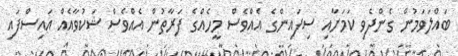
ބައްލަވަމުން ގެންދެވި ކަމަށާއި ސިފައިންގެ އެއްވެސް މީހެއްގެ ފަރާތުން އެއްވެސް ޝަކުވާއެއް އައިސްފައި